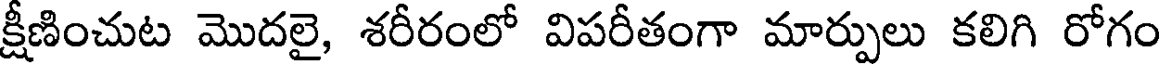
క్షీణించుట మొదలై, శరీరంలో విపరీతంగా మార్పులు కలిగి రోగం